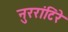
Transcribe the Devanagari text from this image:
नुररांटिंरे